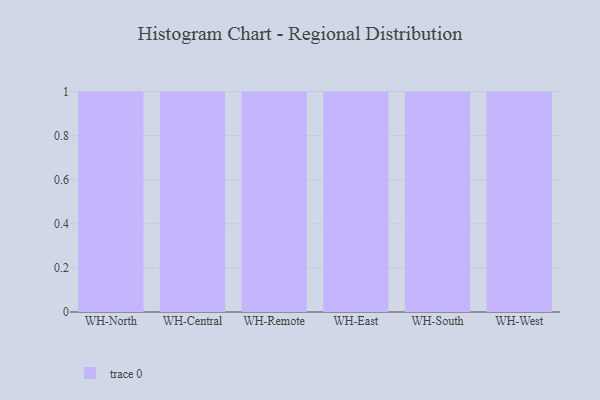
{"axis": {"x": "Warehouse", "y": "Latency (ms)"}, "legend": [""], "data": [{"x": "WH-North", "y": 16, "type": ""}, {"x": "WH-Central", "y": 1, "type": ""}, {"x": "WH-Remote", "y": 93, "type": ""}, {"x": "WH-East", "y": 75, "type": ""}, {"x": "WH-South", "y": 47, "type": ""}, {"x": "WH-West", "y": 35, "type": ""}]}